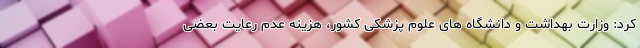
کرد: وزارت بهداشت و دانشگاه های علوم پزشکی کشور، هزینه عدم رعایت بعضی